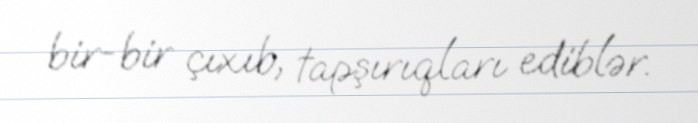
bir-bir çıxıb, tapşırıqları ediblər.